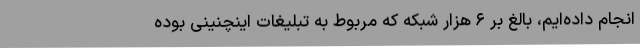
انجام داده‌ایم، بالغ بر ۶ هزار شبکه که مربوط به تبلیغات اینچنینی بوده